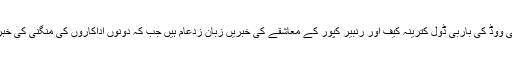
واضح رہے کہ بالی ووڈ کی باربی ڈول کترینہ کیف اور رنبیر کپور کے معاشقے کی خبریں زبان زدعام ہیں جب کہ دونوں اداکاروں کی منگنی کی خبریں بھی آچکی ہیں۔